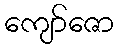
ကျော်ဇော